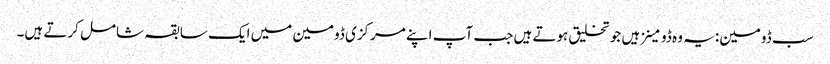
سب ڈومین: یہ وہ ڈومینز ہیں جو تخلیق ہوتے ہیں جب آپ اپنے مرکزی ڈومین میں ایک سابقہ ​​شامل کرتے ہیں۔